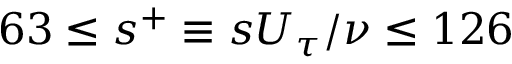
6 3 \leq s ^ { + } \equiv s U _ { \tau } / \nu \leq 1 2 6